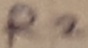
Text: R2